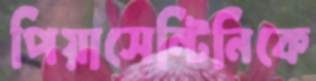
পিয়াসেন্টিনিকে